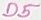
Text: D5